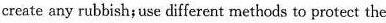
create any rubbish; se different methods to procect the